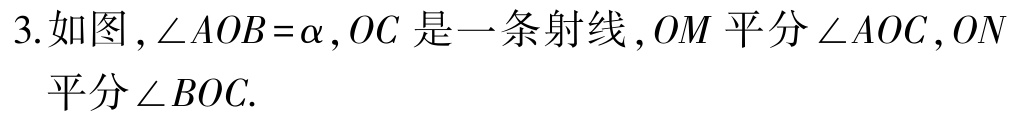
3.如图，\(\angle AOB = \alpha\)，\(OC\)是一条射线，\(OM\)平分\(\angle AOC\)，\(ON\)平分\(\angle BOC\).